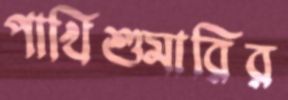
পাখিশুমারির